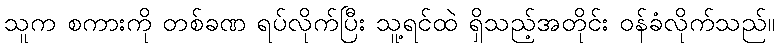
သူက စကားကို တစ်ခဏ ရပ်လိုက်ပြီး သူ့ရင်ထဲ ရှိသည့်အတိုင်း ဝန်ခံလိုက်သည်။